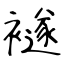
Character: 襚